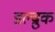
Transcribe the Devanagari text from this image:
डल्ब्रुक